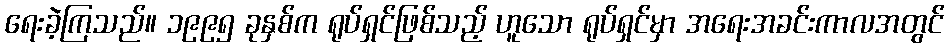
ရေးခဲ့ကြသည်။ ၁၉၉၅ ခုနှစ်က ရုပ်ရှင်ဖြစ်သည့် ဟူသော ရုပ်ရှင်မှာ အရေးအခင်းကာလအတွင်